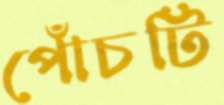
পোঁচটি